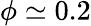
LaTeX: \phi\simeq 0.2